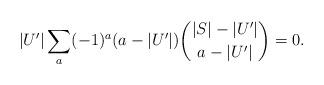
LaTeX: \begin{align*} |U'| \sum_a (-1)^{a}(a-|U'|)\binom{|S|-|U'|}{a-|U'|}=0. \end{align*}